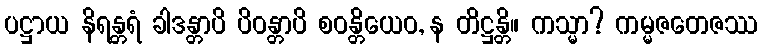
ပဋ္ဌာယ နိရန္တရံ ခါဒန္တာပိ ပိဝန္တာပိ စဝန္တိယေဝ, န တိဋ္ဌန္တိ။ ကသ္မာ? ကမ္မဇတေဇဿ